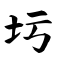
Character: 圬